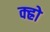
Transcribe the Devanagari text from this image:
क्ह्रो